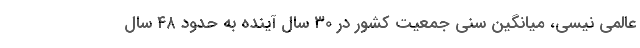
عالمی نیسی، میانگین سنی جمعیت کشور در ۳۰ سال آینده به حدود ۴۸ سال